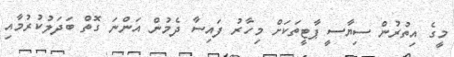
މީގެ އިތުރުން ސިޔާސީ ޕާޓީތަކަށް މިހާރު ފައިސާ ދެމުން އަންނަ ގޮތް ބަދަލުކުރުމާއި